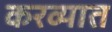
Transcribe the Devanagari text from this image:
करव्यात